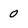
Character: 0